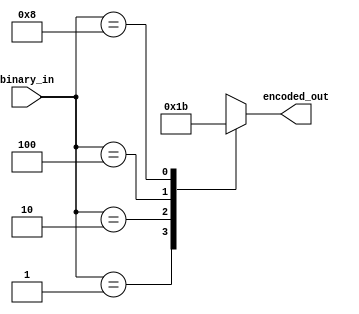
module binary_encoder (
    input [3:0] binary_in, // 4
    output reg [1:0] encoded_out // 2
);

    // 
    always @(binary_in) begin
        case (binary_in)
            4'b0001: encoded_out = 2'b00; // 000100
            4'b0010: encoded_out = 2'b01; // 001001
            4'b0100: encoded_out = 2'b10; // 010010
            4'b1000: encoded_out = 2'b11; // 100011
            default: encoded_out = 2'bxx; // 
        endcase
    end

endmodule